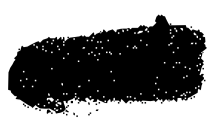
Text: and
Cross-out: scratch
Writing tool: digital_black